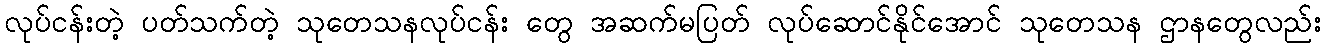
လုပ်ငန်းတဲ့ ပတ်သက်တဲ့ သုတေသနလုပ်ငန်း တွေ အဆက်မပြတ် လုပ်ဆောင်နိုင်အောင် သုတေသန ဌာနတွေလည်း